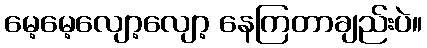
မေ့မေ့လျော့လျော့ နေကြတာချည်းပဲ။